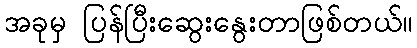
အခုမှ ပြန်ပြီးဆွေးနွေးတာဖြစ်တယ်။